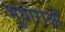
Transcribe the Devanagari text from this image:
भूधाराओं